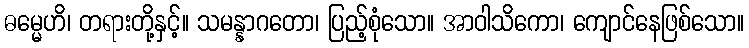
ဓမ္မေဟိ၊ တရားတို့နှင့်။ သမန္နာဂတော၊ ပြည့်စုံသော။ အာဝါသိကော၊ ကျောင်နေဖြစ်သော။